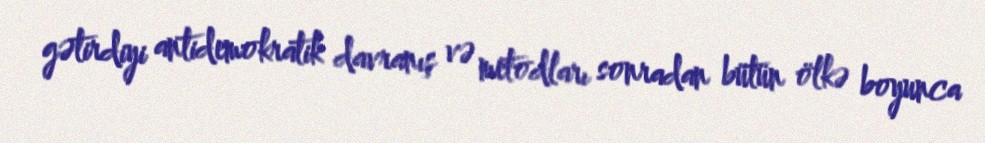
gətirdiyi antidemokratik davranış və metodları sonradan bütün ölkə boyunca